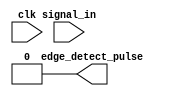
module edge_detector #(
  parameter width = 1
)(
  input clk,
  input [width-1:0] signal_in,
  output [width-1:0] edge_detect_pulse
);
  // USE YOUR IMPLEMENTATION FROM PREVIOUS LABS.
  assign edge_detect_pulse = 0;
endmodule